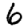
Digit: 6